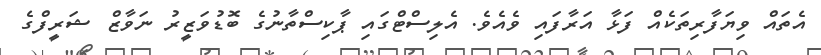
އެތައް ވިޔަފާރިތަކެއް ފަޅާ އަރާފައި ވެއެވެ. އެލިސްޓްގައި ޕާކިސްތާނުގެ ބޮޑުވަޒީރު ނަވާޒް ޝަރީފްގެ